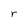
Character: r